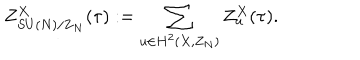
Z _ { S U ( N ) / { \bf Z } _ { N } } ^ { X } ( \tau ) : = \sum _ { u \in H ^ { 2 } ( X , Z _ { N } ) } Z _ { u } ^ { X } ( \tau ) .